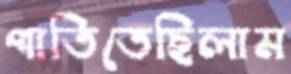
পাতিতেছিলাম